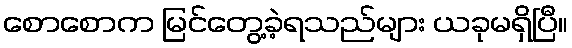
စောစောက မြင်တွေ့ခဲ့ရသည်များ ယခုမရှိပြီ။